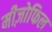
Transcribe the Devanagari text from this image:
मीज़ोफिल